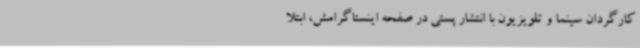
کارگردان سینما و تلویزیون با انتشار پستی در صفحه اینستاگرامش، ابتلا